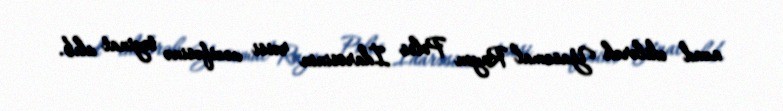
azad edilərək Yasamal Rayon Polis İdarəsinin rəisi vəzifəsinə təyinat alıb.